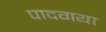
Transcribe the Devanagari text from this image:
पादगया